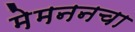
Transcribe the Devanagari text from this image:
मेमननचा